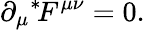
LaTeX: \partial_{\mu}{}^{*}\! F^{\mu\nu}=0.